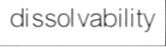
dissolvability